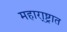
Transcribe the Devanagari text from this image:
महारा्ष्ट्रात